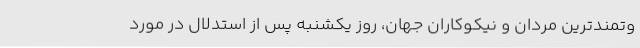
وتمندترین مردان و نیکوکاران جهان، روز یکشنبه پس از استدلال در مورد